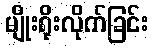
မျိုးရိုးလိုက်ခြင်း